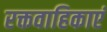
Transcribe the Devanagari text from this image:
रक्तवाहिकाएं